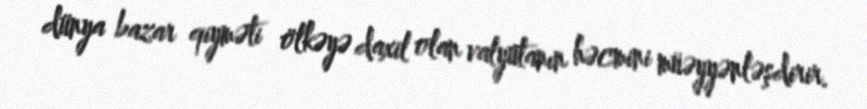
dünya bazar qiyməti ölkəyə daxil olan valyutanın həcmini müəyyənləşdirir.